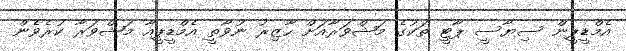
އެމްޑީޕީން ސިޔާސީ ޕާޓީ ތަކުގެ މަޝްވަރާއަށް ހާޒިރު ނުވާތީ އެމްޑީޕީއާ މަޝްވަރާ ކުރެވެން